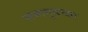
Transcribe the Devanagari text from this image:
सभागृहच्या